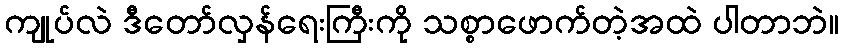
ကျုပ်လဲ ဒီတော်လှန်ရေးကြီးကို သစ္စာဖောက်တဲ့အထဲ ပါတာဘဲ။